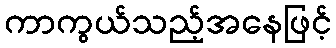
ကာကွယ်သည့်အနေဖြင့်